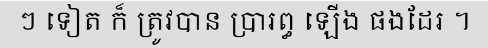
ៗ ទៀត ក៏ ត្រូវបាន ប្រារព្ធ ឡើង ផងដែរ ។